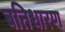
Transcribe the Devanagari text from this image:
बतिधारण